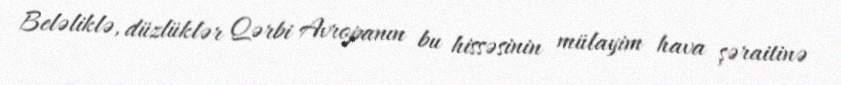
Beləliklə, düzlüklər Qərbi Avropanın bu hissəsinin mülayim hava şəraitinə